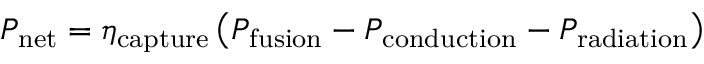
P _ { \mathrm { n e t } } = \eta _ { \mathrm { c a p t u r e } } \left( P _ { \mathrm { f u s i o n } } - P _ { \mathrm { c o n d u c t i o n } } - P _ { \mathrm { r a d i a t i o n } } \right)